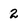
Character: 2